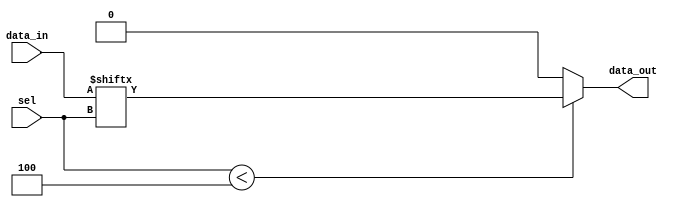
module parameterized_mux #(
    parameter N = 4  // Number of data inputs (must be a power of 2)
) (
    input  wire [N-1:0] data_in,  // Data inputs
    input  wire [$clog2(N)-1:0] sel, // Select lines
    output reg  data_out           // Output
);

    always @(*) begin
        // Default output (optional, can be modified as needed)
        data_out = 1'b0; // Default value if select is out of range

        // Check if select is within range
        if (sel < N) begin
            data_out = data_in[sel]; // Select the corresponding data input
        end
    end

endmodule